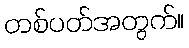
တစ်ပတ်အတွက်။